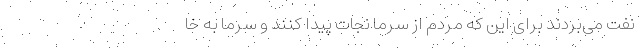
نفت می‌بردند برای این که مردم از سرما نجات پیدا کنند و سرما به خا